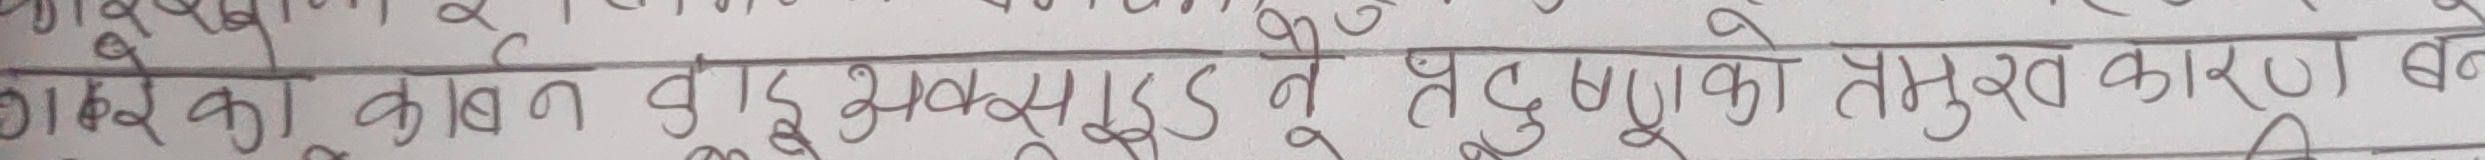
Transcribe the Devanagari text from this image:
डाका कामन बुझअक बड ने हबुबुका तमुर कारण बन